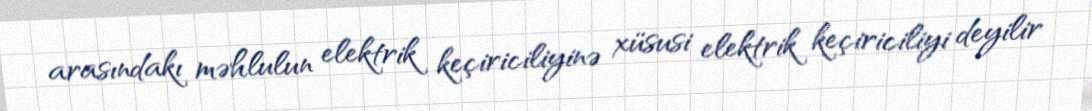
arasındakı məhlulun elektrik keçiriciliyinə xüsusi elektrik keçiriciliyi deyilir